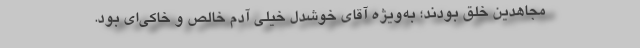
مجاهدین خلق بودند؛ به‌ویژه آقای خوشدل خیلی آدم خالص و خاكی‌ای بود.